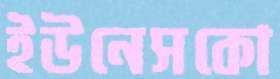
ইউনেসকো